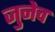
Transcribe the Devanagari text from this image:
जुनेच